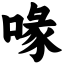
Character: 喙